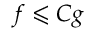
f \leqslant C g